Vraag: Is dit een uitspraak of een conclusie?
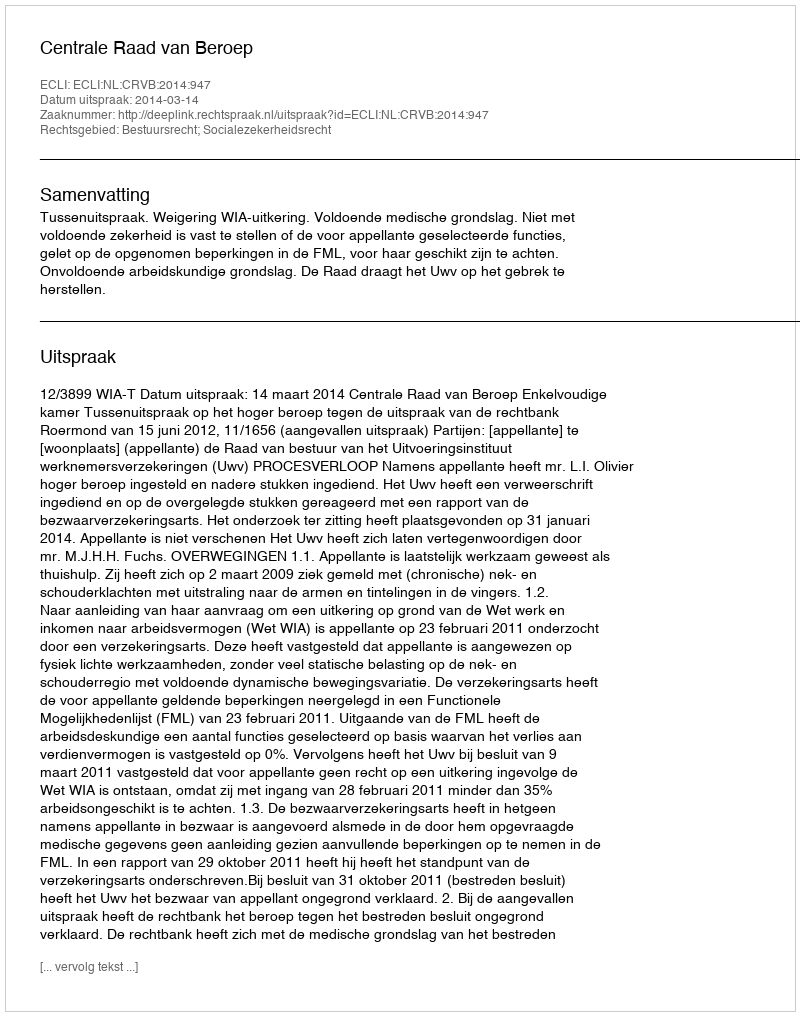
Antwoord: Uitspraak